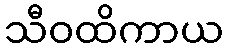
သီဝထိကာယ